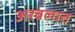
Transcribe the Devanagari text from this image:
अरबलात